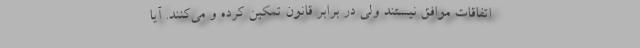
اتفاقات موافق نیستند ولی در برابر قانون تمکین کرده و می‌کنند. آیا